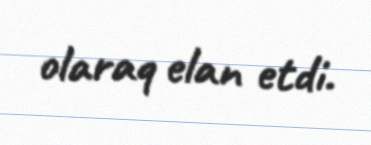
olaraq elan etdi.